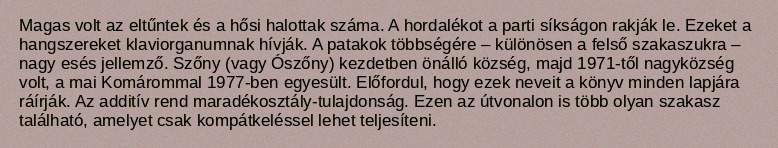
Magas volt az eltűntek és a hősi halottak száma. A hordalékot a parti síkságon rakják le. Ezeket a hangszereket klaviorganumnak hívják. A patakok többségére – különösen a felső szakaszukra – nagy esés jellemző. Szőny (vagy Ószőny) kezdetben önálló község, majd 1971-től nagyközség volt, a mai Komárommal 1977-ben egyesült. Előfordul, hogy ezek neveit a könyv minden lapjára ráírják. Az additív rend maradékosztály-tulajdonság. Ezen az útvonalon is több olyan szakasz található, amelyet csak kompátkeléssel lehet teljesíteni.